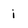
Character: i